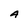
Character: A